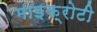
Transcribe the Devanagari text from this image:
माइक्रोटी